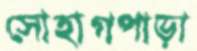
সোহাগপাড়া